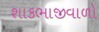
શાકભાજીવાળો